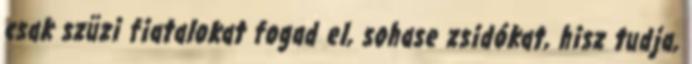
csak szüzi fiatalokat fogad el, sohase zsidókat, hisz tudja,